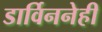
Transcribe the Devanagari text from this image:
डार्विननेही